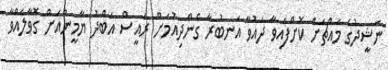
ނަޝީދުގެ މައްޗަށް ކޮށްފައިވާ ދައުވާ އަނބުރާ ގެންދިއުމަށް ރައީސް އަބްދު ޔާމީންއަށް ގޮވާލައްވާ